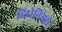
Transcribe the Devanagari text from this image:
हिरोनिमस